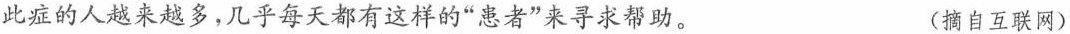
此症的人越来越多，几乎每天都有这样的”患者”来寻求帮助。 (摘自互联网)